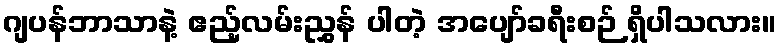
ဂျပန်ဘာသာနဲ့ ဧည့်လမ်းညွှန် ပါတဲ့ အပျော်ခရီးစဉ် ရှိပါသလား။